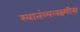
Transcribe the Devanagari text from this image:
स्वातंत्र्यलक्ष्मीस